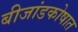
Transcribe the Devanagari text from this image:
बीजांडकोषात